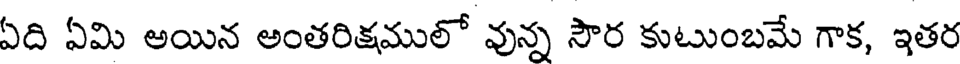
ఏది ఏమి అయిన అంతరిక్షములో వున్న సౌర కుటుంబమే గాక, ఇతర